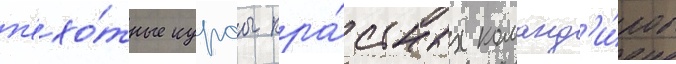
п'ехо́тные курсы кра́сных команд'и́ров